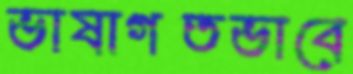
ভাষাগতভাবে